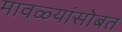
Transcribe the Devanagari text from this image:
मावळ्यांसोबत